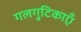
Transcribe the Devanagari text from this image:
गलगुटिकाएँ